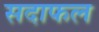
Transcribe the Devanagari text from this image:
सदाफल